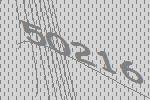
50216